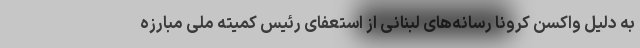
به دلیل واکسن کرونا رسانه‌های لبنانی از استعفای رئیس کمیته ملی مبارزه